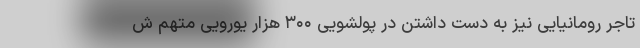
تاجر رومانیایی نیز به دست داشتن در پولشویی ۳۰۰ هزار یورویی متهم ش